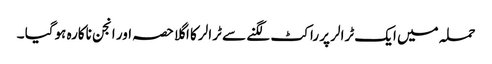
حملہ میں ایک ٹرالر پر راکٹ لگنے سے ٹرالر کا اگلا حصہ اور انجن ناکارہ ہوگیا ۔